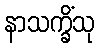
နာသက္ခိံသု